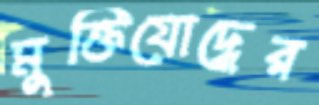
মুক্তিযোদ্ধের